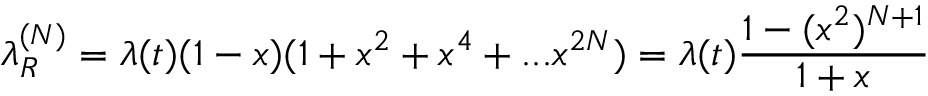
\lambda _ { R } ^ { ( N ) } = \lambda ( t ) ( 1 - x ) ( 1 + x ^ { 2 } + x ^ { 4 } + . . . x ^ { 2 N } ) = \lambda ( t ) { \frac { 1 - ( x ^ { 2 } ) ^ { N + 1 } } { 1 + x } }